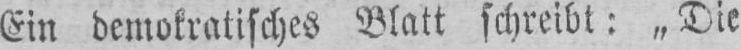
Ein demokratisches Blatt schreibt: „Die